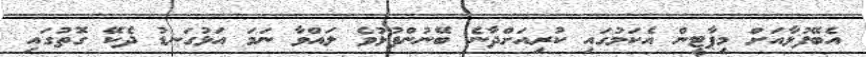
އެބޭފުޅާއަށް މިޕާޓީން އެކަމުގައި ކުރިއަށްދާނެ ބޭނުންފުޅުވެ ލައްވާ ނަމަ އަޅުގަނޑު ދެކޭ ގޮތުގައި